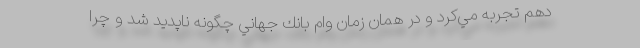
دهم تجربه مي‌كرد و در همان زمان وام بانك جهاني چگونه ناپديد شد و چرا